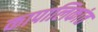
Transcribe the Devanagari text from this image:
कापालिकांत